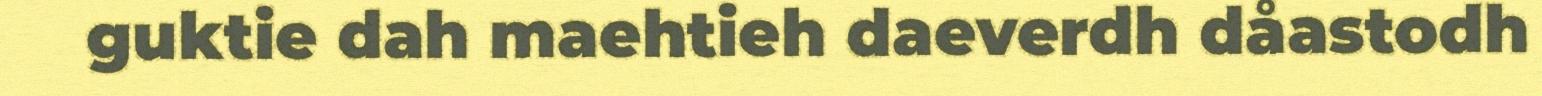
guktie dah maehtieh daeverdh dåastodh